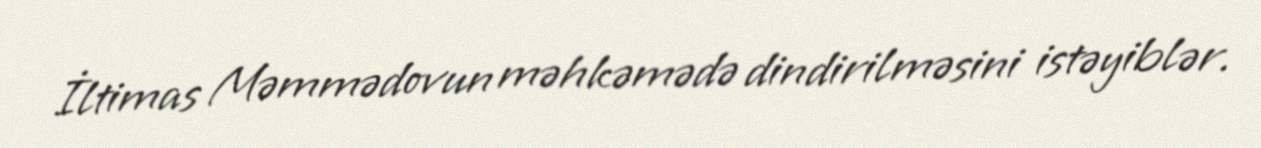
İltimas Məmmədovun məhkəmədə dindirilməsini istəyiblər.